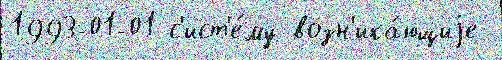
1993-01-01 с'ист'е́му возн'ика́ющиjе